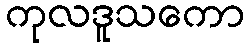
ကုလဒူသကော